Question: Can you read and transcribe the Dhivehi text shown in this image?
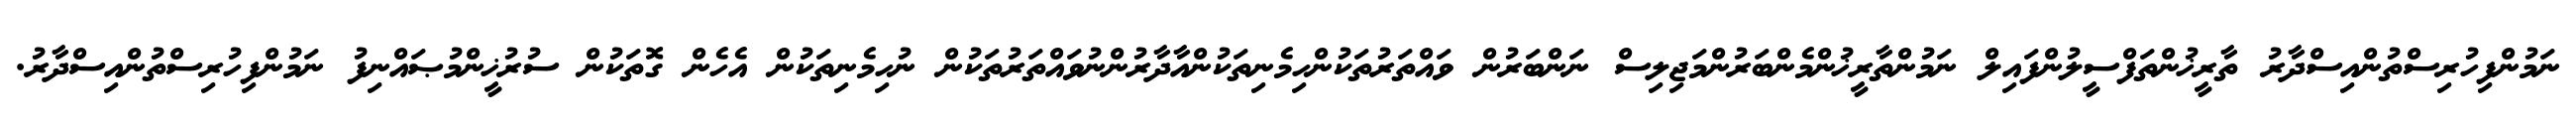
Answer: ނަމުންފިހުރިސްތުންއިސްދާރު ތާރީޚުންތަފްސީލުންފައިލް ނަމުންތާރީޚުންމެންބަރުންމަޖިލިސް ނަންބަރުން ވައްތަރުތަކުންހިމެނިތަކުންއާދާރުންނުވައްތަރުތަކުން ނުހިމެނިތަކުން އެހެން ގޮތަކުން ސުރުޚީންމުޞައްނިފު ނަމުންފިހުރިސްތުންއިސްދާރު.